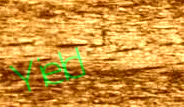
Yield